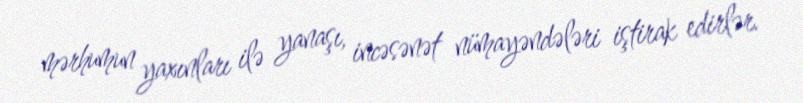
mərhumun yaxınları ilə yanaşı, incəsənət nümayəndələri iştirak edirlər.